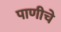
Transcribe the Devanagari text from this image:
पाणीचे